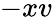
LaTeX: -xv